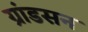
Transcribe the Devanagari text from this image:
ग्रांडसन